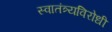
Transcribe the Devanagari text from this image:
स्वातंत्र्यविरोधी